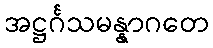
အဋ္ဌင်္ဂသမန္နာဂတေ